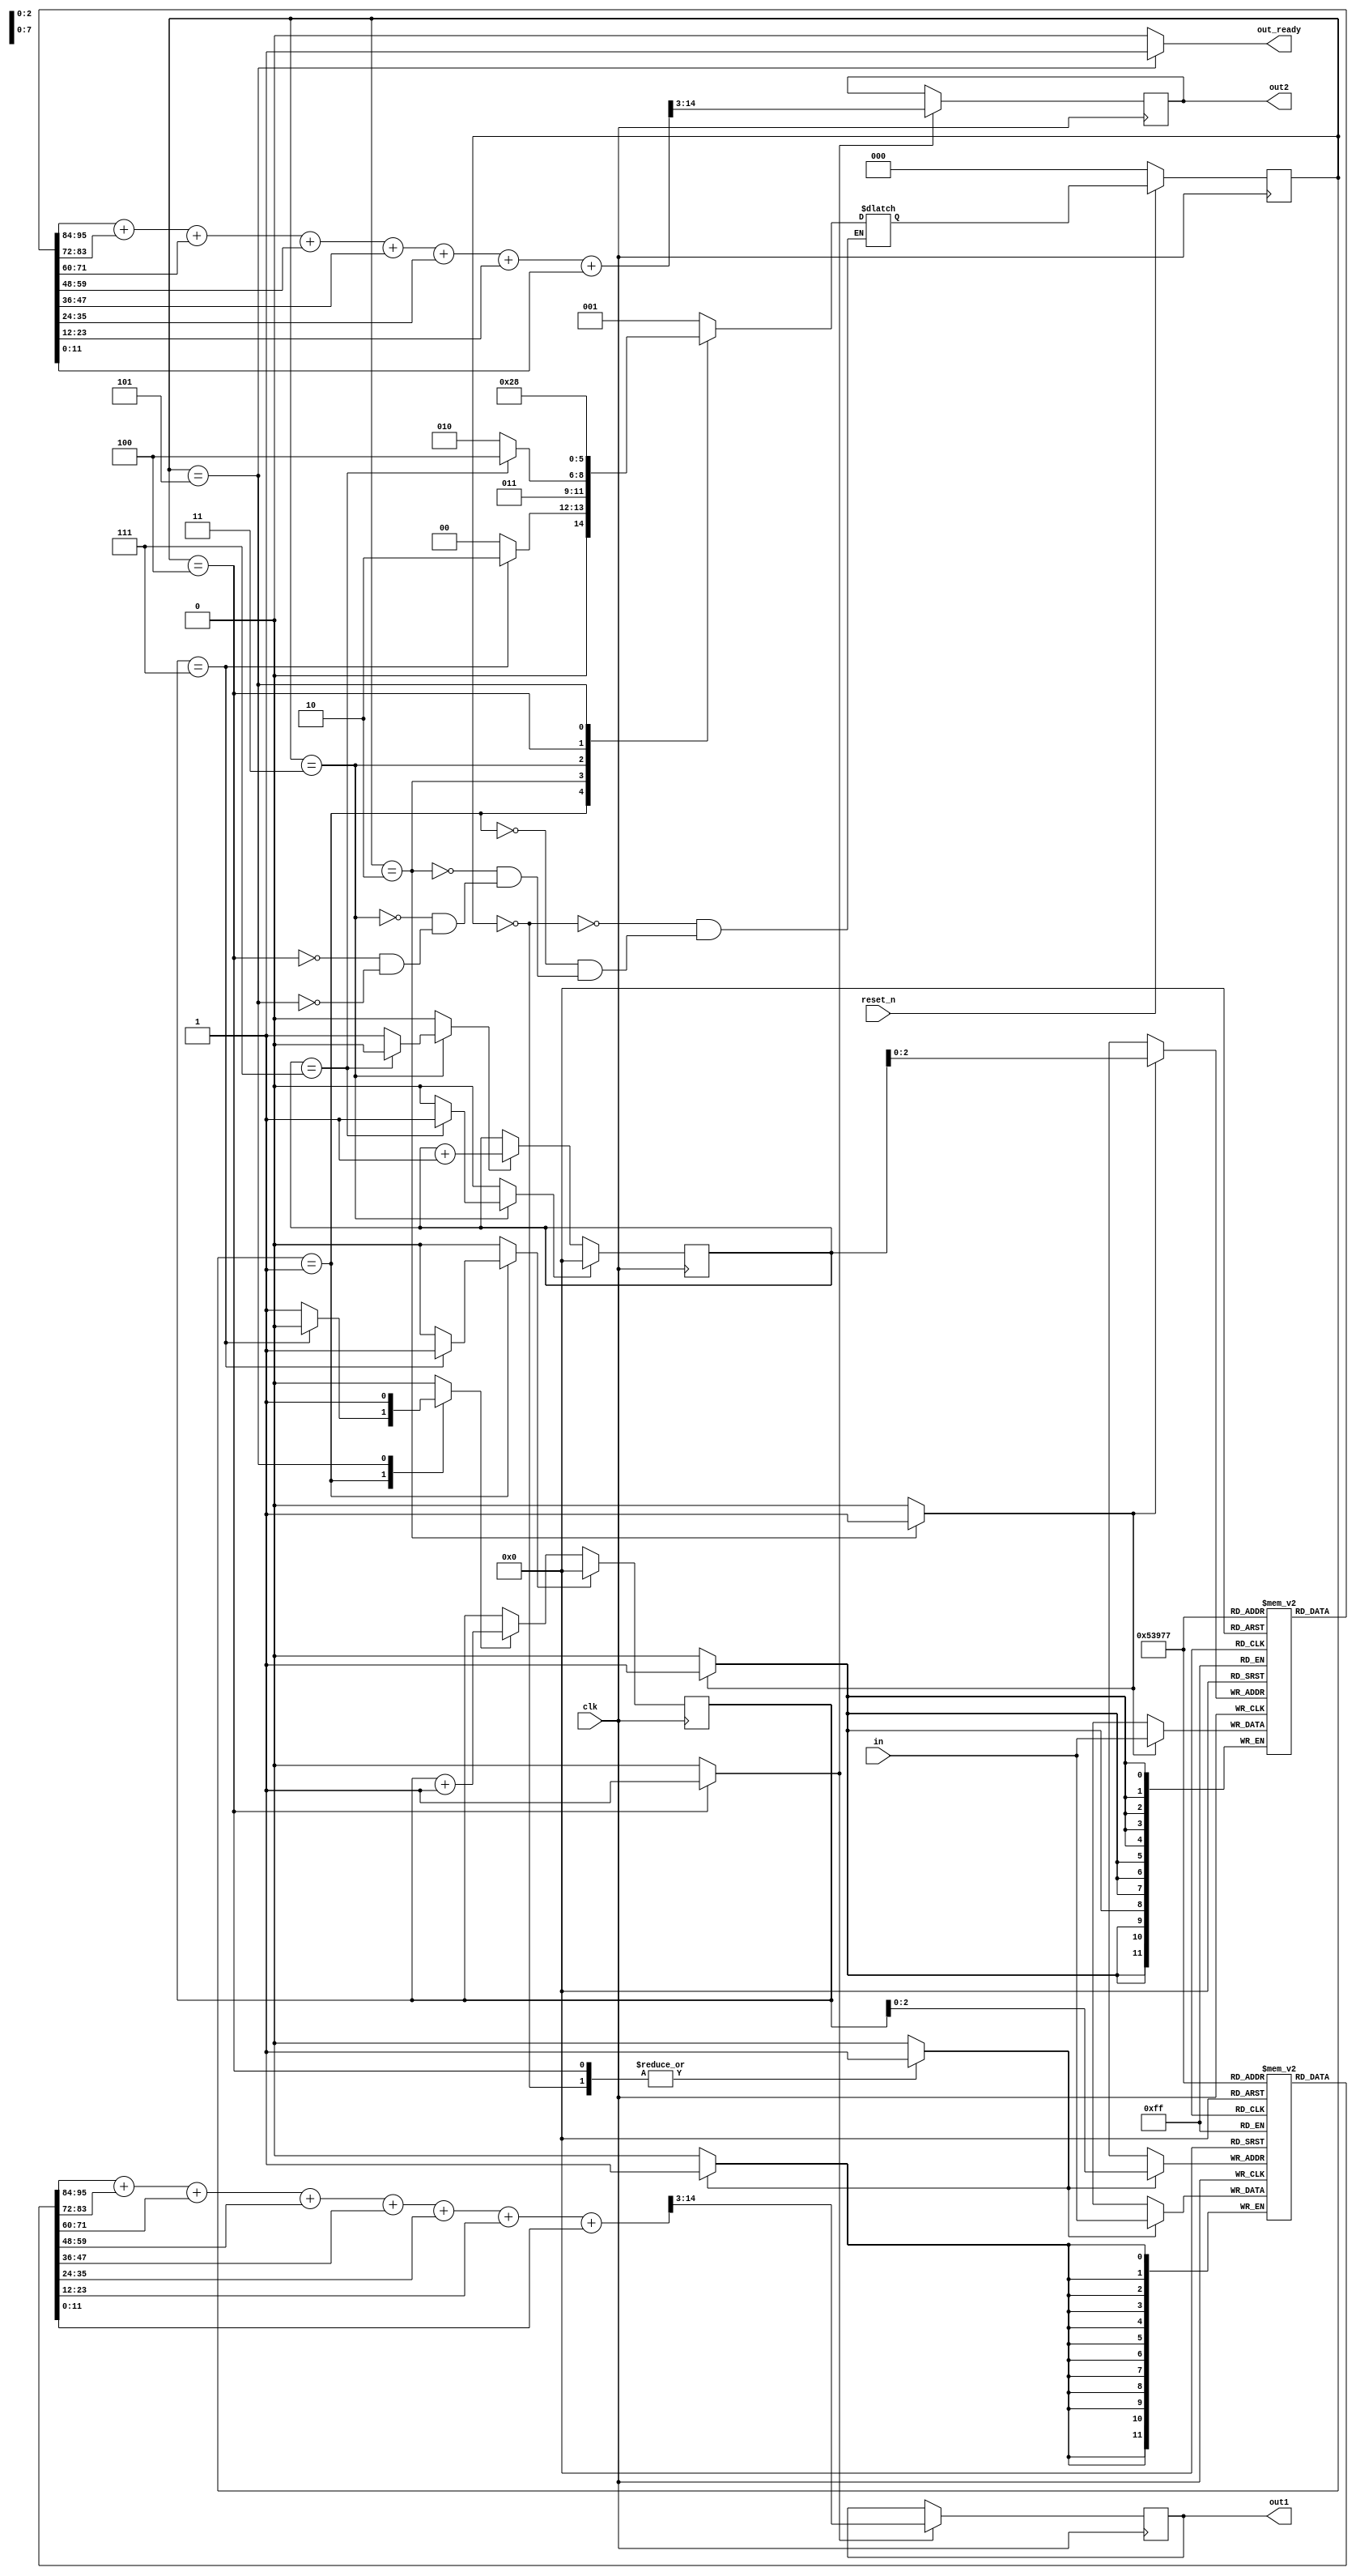
//=================================================
//
//  Hsiang-Yi Chung
//  March 2016
//
//  This Module is for averaging samples from an ADC.
//  It performs averaging on 8 samples at a time.
//
//=================================================


module Average_Filter(
	input [11:0] in,
	input clk,
	input reset_n,
	output reg out_ready,
	output reg [11:0] out1,
	output reg [11:0] out2
	);
	
	localparam s0 = 3'b000;
	localparam s1 = 3'b001;
	localparam s2 = 3'b010;
	localparam s3 = 3'b011;
	localparam s4 = 3'b100;
	localparam s5 = 3'b101;
	localparam s6 = 3'b110;
	localparam s7 = 3'b111;
	
	reg [2:0] nextState, state;
	reg [11:0] sample_array1 [7:0];
	reg [11:0] sample_array2 [7:0];
	reg [7:0] counter1, counter2;
	reg inc_count1, inc_count2, reset_count1, reset_count2, compute_avg,
			update_array1, update_array2;
	reg [14:0] temp;
	
	initial begin
		counter1 = 0;
		counter2 = 0;
		state = 0;
	end
	
	always @ (posedge clk) begin
		if(!reset_n) begin
			state <= s0;
		end
		else begin
			state <= nextState;
		end
	end
	
	always @ (posedge clk) begin
		if(inc_count1) begin
			counter1 <= counter1 + 1;
		end
		
		if(inc_count2) begin
			counter2 <= counter2 + 1;
		end
		
		if(reset_count1) begin
			counter1 <= 0;
		end
		
		if(reset_count2) begin
			counter2 <= 0;
		end
		
		if(compute_avg) begin
			temp = sample_array1[0] + sample_array1[1] + sample_array1[2] + sample_array1[3] + sample_array1[4] + 
					 sample_array1[5] + sample_array1[6] + sample_array1[7];
			out1 = temp >> 3;
			
			temp = sample_array2[0] + sample_array2[1] + sample_array2[2] + sample_array2[3] + sample_array2[4] + 
					 sample_array2[5] + sample_array2[6] + sample_array2[7];
			out2 = temp >> 3;
		end
		
		if(update_array1) begin
			sample_array1[counter1[2:0]] <= in;
		end
		
		if(update_array2) begin
			sample_array2[counter2[2:0]] <= in;
		end
	end
	
	always @ * begin
		inc_count1 = 0; inc_count2 = 0; reset_count1 = 0; reset_count2 = 0; out_ready = 0; compute_avg = 0;
		update_array1 = 0; update_array2 = 0;
		
		case(state)
			s0: begin
				update_array1 = 1;
				nextState = s1;
			end
			
			s1: begin
				if(counter1 == 7) begin
					reset_count1 = 1;
					nextState = s2;
				end else begin
					inc_count1 = 1;
					nextState = s0;
				end
			end
			
			s2: begin
				update_array2 = 1;
				nextState = s3;
			end
			
			s3: begin
				if(counter2 == 7) begin
					reset_count2 = 1;
					nextState = s4;
				end else begin
					inc_count2 = 1;
					nextState = s2;
				end
			end
			
			s4: begin
				update_array1 = 1;
				compute_avg = 1;
				nextState = s5;
			end
			
			s5: begin
				inc_count1 = 1;
				out_ready = 1;
				nextState = s0;
			end
		endcase
	end
endmodule